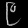
Digit: ၉